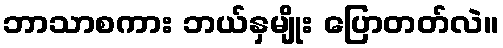
ဘာသာစကား ဘယ်နှမျိုး ပြောတတ်လဲ။